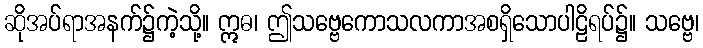
ဆိုအပ်ရာအနက်၌ကဲ့သို့။ ဣဓ၊ ဤသဗ္ဗေကောသလကာအစရှိသောပါဠိရပ်၌။ သဗ္ဗေ၊